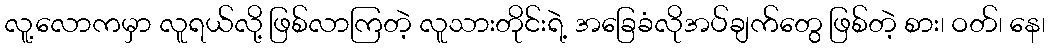
လူ့လောကမှာ လူရယ်လို့ ဖြစ်လာကြတဲ့ လူသားတိုင်းရဲ့ အခြေခံလိုအပ်ချက်တွေ ဖြစ်တဲ့ စား၊ ဝတ်၊ နေ၊